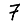
Digit: 7